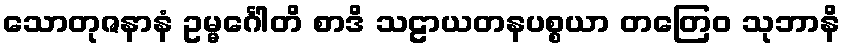
သောတုဇနာနံ ဥမ္မင်္ဂေါတိ စာဒိ သဠာယတနပစ္စယာ တတြေဝ သုဘာနိ